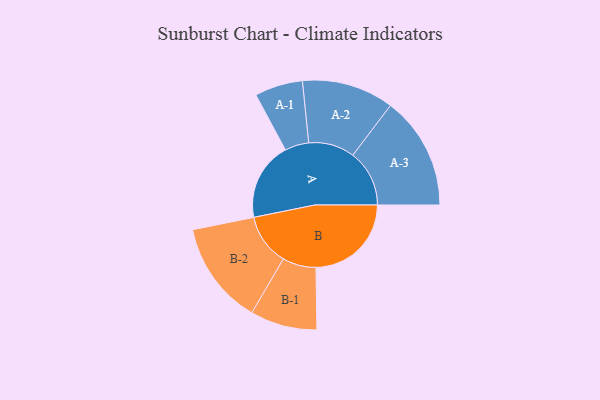
{"axis": {"x": "Segment", "y": "Value"}, "legend": ["", "A", "B"], "data": [{"x": "A", "y": 349, "type": ""}, {"x": "B", "y": 425, "type": ""}, {"x": "A-1", "y": 107, "type": "A"}, {"x": "A-2", "y": 205, "type": "A"}, {"x": "A-3", "y": 252, "type": "A"}, {"x": "B-1", "y": 149, "type": "B"}, {"x": "B-2", "y": 230, "type": "B"}]}